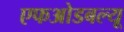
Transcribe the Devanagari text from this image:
एफओडबल्यू